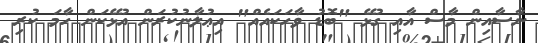
ނާސާއިން މާސް އާއި ގުޅޭ "ބޮޑު ވާހަކައެއް" އިޢުލާނުކުރަން އުޅޭކަން ހާމަ ކުރި